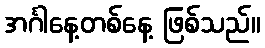
အင်္ဂါနေ့တစ်နေ့ ဖြစ်သည်။